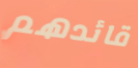
قائدهم